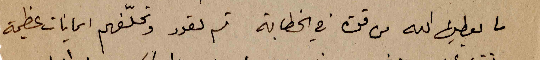
ما يعطِها الله من قوة في الخطابة ثم تعود وتحلّفهم ايمانات عظيمة